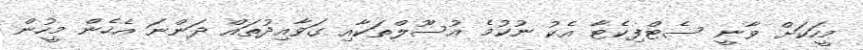
މީހަކަށް ވާނީ ސެޓްފިކެޓާ އެކު ނުކުމެ އުސޫލްތަކާއި ގަވާއިދުތައް ދަންނަ އެހެން މީހުން